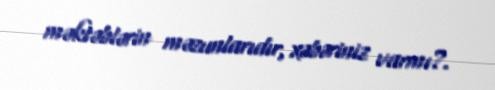
məktəblərin məzunlarıdır, xəbəriniz varmı?.